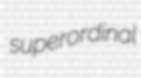
superordinal